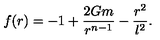
f ( r ) = - 1 + \frac { 2 G m } { r ^ { n - 1 } } - \frac { r ^ { 2 } } { l ^ { 2 } } .